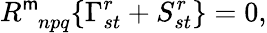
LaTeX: R_{\; \; npq}^{\mathsf{m}}\{ \Gamma_{st}^{r}+S_{st}^{r}\} =0,